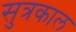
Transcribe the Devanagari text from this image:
सुत्रकाल